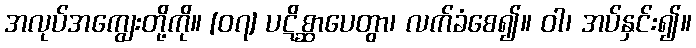
အလုပ်အကျွေးတို့ကို။ [၀၇] ပဋိစ္ဆာပေတွာ၊ လက်ခံစေ၍။ ဝါ၊ အပ်နှင်း၍။